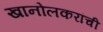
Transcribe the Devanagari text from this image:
खानोलकरांची